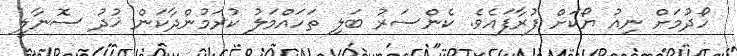
ހޯދުމަށް ނިއު ޔޯކަށް ފުރާފައެވެ. ކެންސަރު ބަލި ތަހައްމަލު ކުރަމުންދާކަން ޚުދު ސޮނާލީ